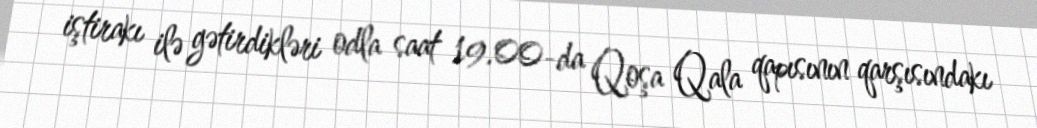
iştirakı ilə gətirdikləri odla saat 19.00-da Qoşa Qala qapısının qarşısındakı